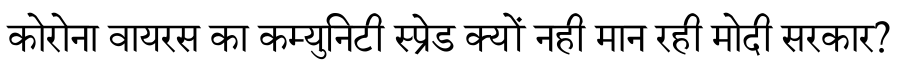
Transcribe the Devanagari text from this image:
कोरोना वायरस का कम्युनिटी स्प्रेड क्यों नही मान रही मोदी सरकार?